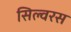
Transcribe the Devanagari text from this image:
सिल्वरस